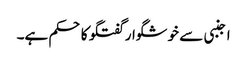
اجنبی سے خوشگوار گفتگو کا حکم ہے۔